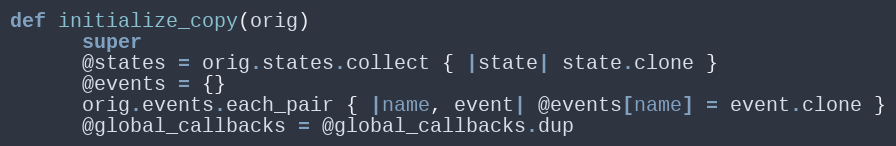
Language: Ruby
def initialize_copy(orig)
      super
      @states = orig.states.collect { |state| state.clone }
      @events = {}
      orig.events.each_pair { |name, event| @events[name] = event.clone }
      @global_callbacks = @global_callbacks.dup